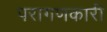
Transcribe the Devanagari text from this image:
परागणकारी